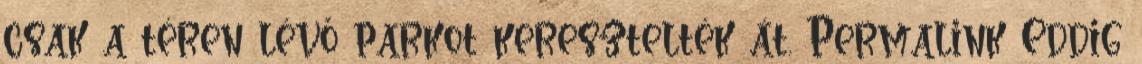
csak a téren lévő parkot keresztelték át. Permalink Eddig